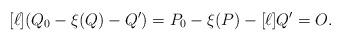
LaTeX: \begin{align*}[\ell](Q_0-\xi(Q) - Q^\prime)= P_0 - \xi(P) - [\ell] Q^\prime = O.\end{align*}